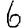
Digit: 6